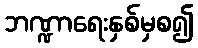
ဘဏ္ဍာရေးနှစ်မှစ၍